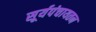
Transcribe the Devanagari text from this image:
सूर्यपंचायतन